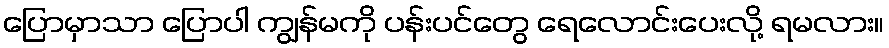
ပြောမှာသာ ပြောပါ ကျွန်မကို ပန်းပင်တွေ ရေလောင်းပေးလို့ ရမလား။